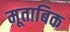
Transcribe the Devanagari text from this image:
मूताबिक